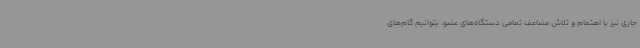
جاری نیز با اهتمام و تلاش مضاعف تمامی دستگاه‌های عضو، بتوانیم گام‌های